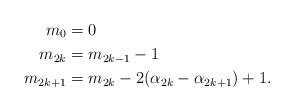
LaTeX: \begin{align*} m_{0}&=0 \\ m_{2k} &= m_{2k-1}-1 \\ m_{2k+1} &= m_{2k}-2(\alpha_{2k}-\alpha_{2k+1})+1. \end{align*}